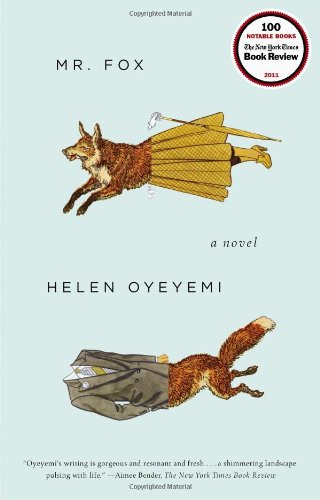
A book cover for Mr. Fox; Helen Oyeyemi; Literature & Fiction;